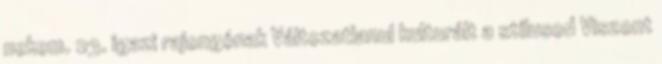
nekem. 23. igazi rajongónak Változatlanul kulturált a stí­lusod Viszont